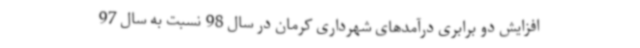
افزایش دو برابری درآمدهای شهرداری کرمان در سال 98 نسبت به سال 97